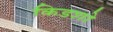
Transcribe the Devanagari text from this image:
किडशो